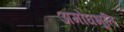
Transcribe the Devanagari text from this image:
अमोघभूति